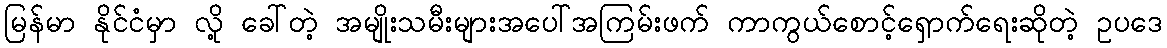
မြန်မာ နိုင်ငံမှာ လို့ ခေါ်တဲ့ အမျိုးသမီးများအပေါ်အကြမ်းဖက် ကာကွယ်စောင့်ရှောက်ရေးဆိုတဲ့ ဥပဒေ